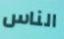
الناس